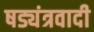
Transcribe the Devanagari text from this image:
षड्यंत्रवादी